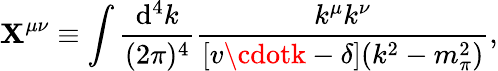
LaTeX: \mathbf{X}^{\mu\nu}\equiv\int\frac{{\mathrm{{d}}^{4}k}}{{(2\pi)^{4}}}\frac{{k^{\mu}k^{\nu}}}{{[v\cdotk-\delta](k^{2}-m_{\pi}^{2})}},